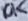
Text: 10K